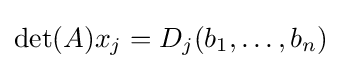
\det(A)x_{j}=D_{j}(b_{1},\ldots ,b_{n})